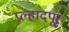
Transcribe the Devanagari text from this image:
प्रल्हादपूर